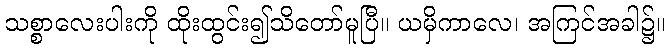
သစ္စာလေးပါးကို ထိုးထွင်း၍သိတော်မူပြီ။ ယမှိကာလေ၊ အကြင်အခါ၌။